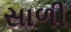
સાળી